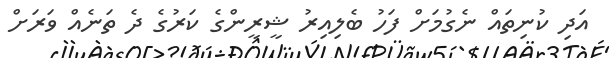
އަދި ކުނިތައް ނެގުމަށް ފަހު ބެލިއިރު ޝީރީންގެ ކަރުގެ ދެ ތަނެއް ވަރަށް